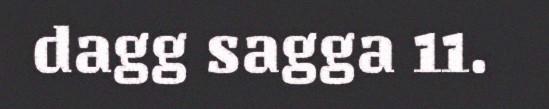
dagg sagga 11.